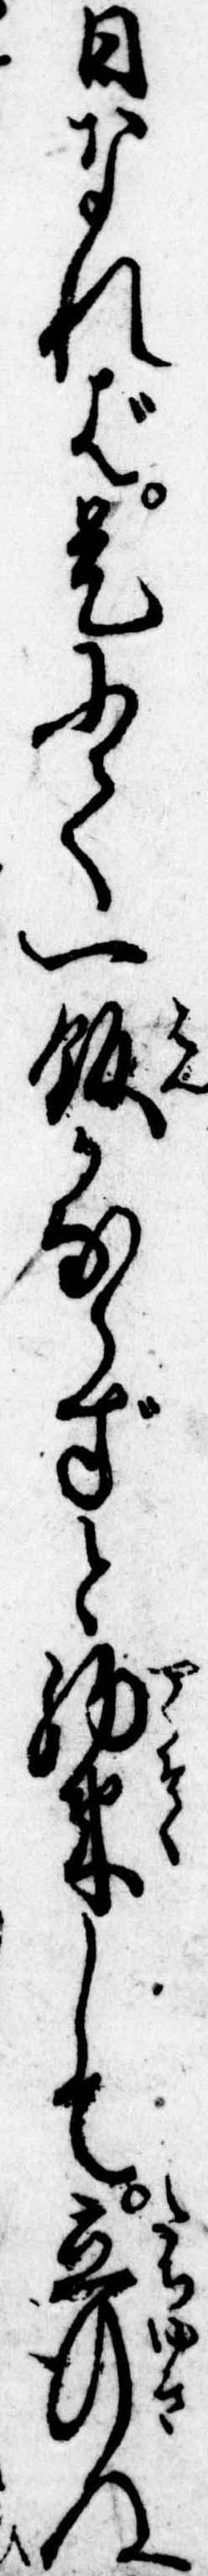
日なれば是にて一飯かならずと約束して立行ぬ